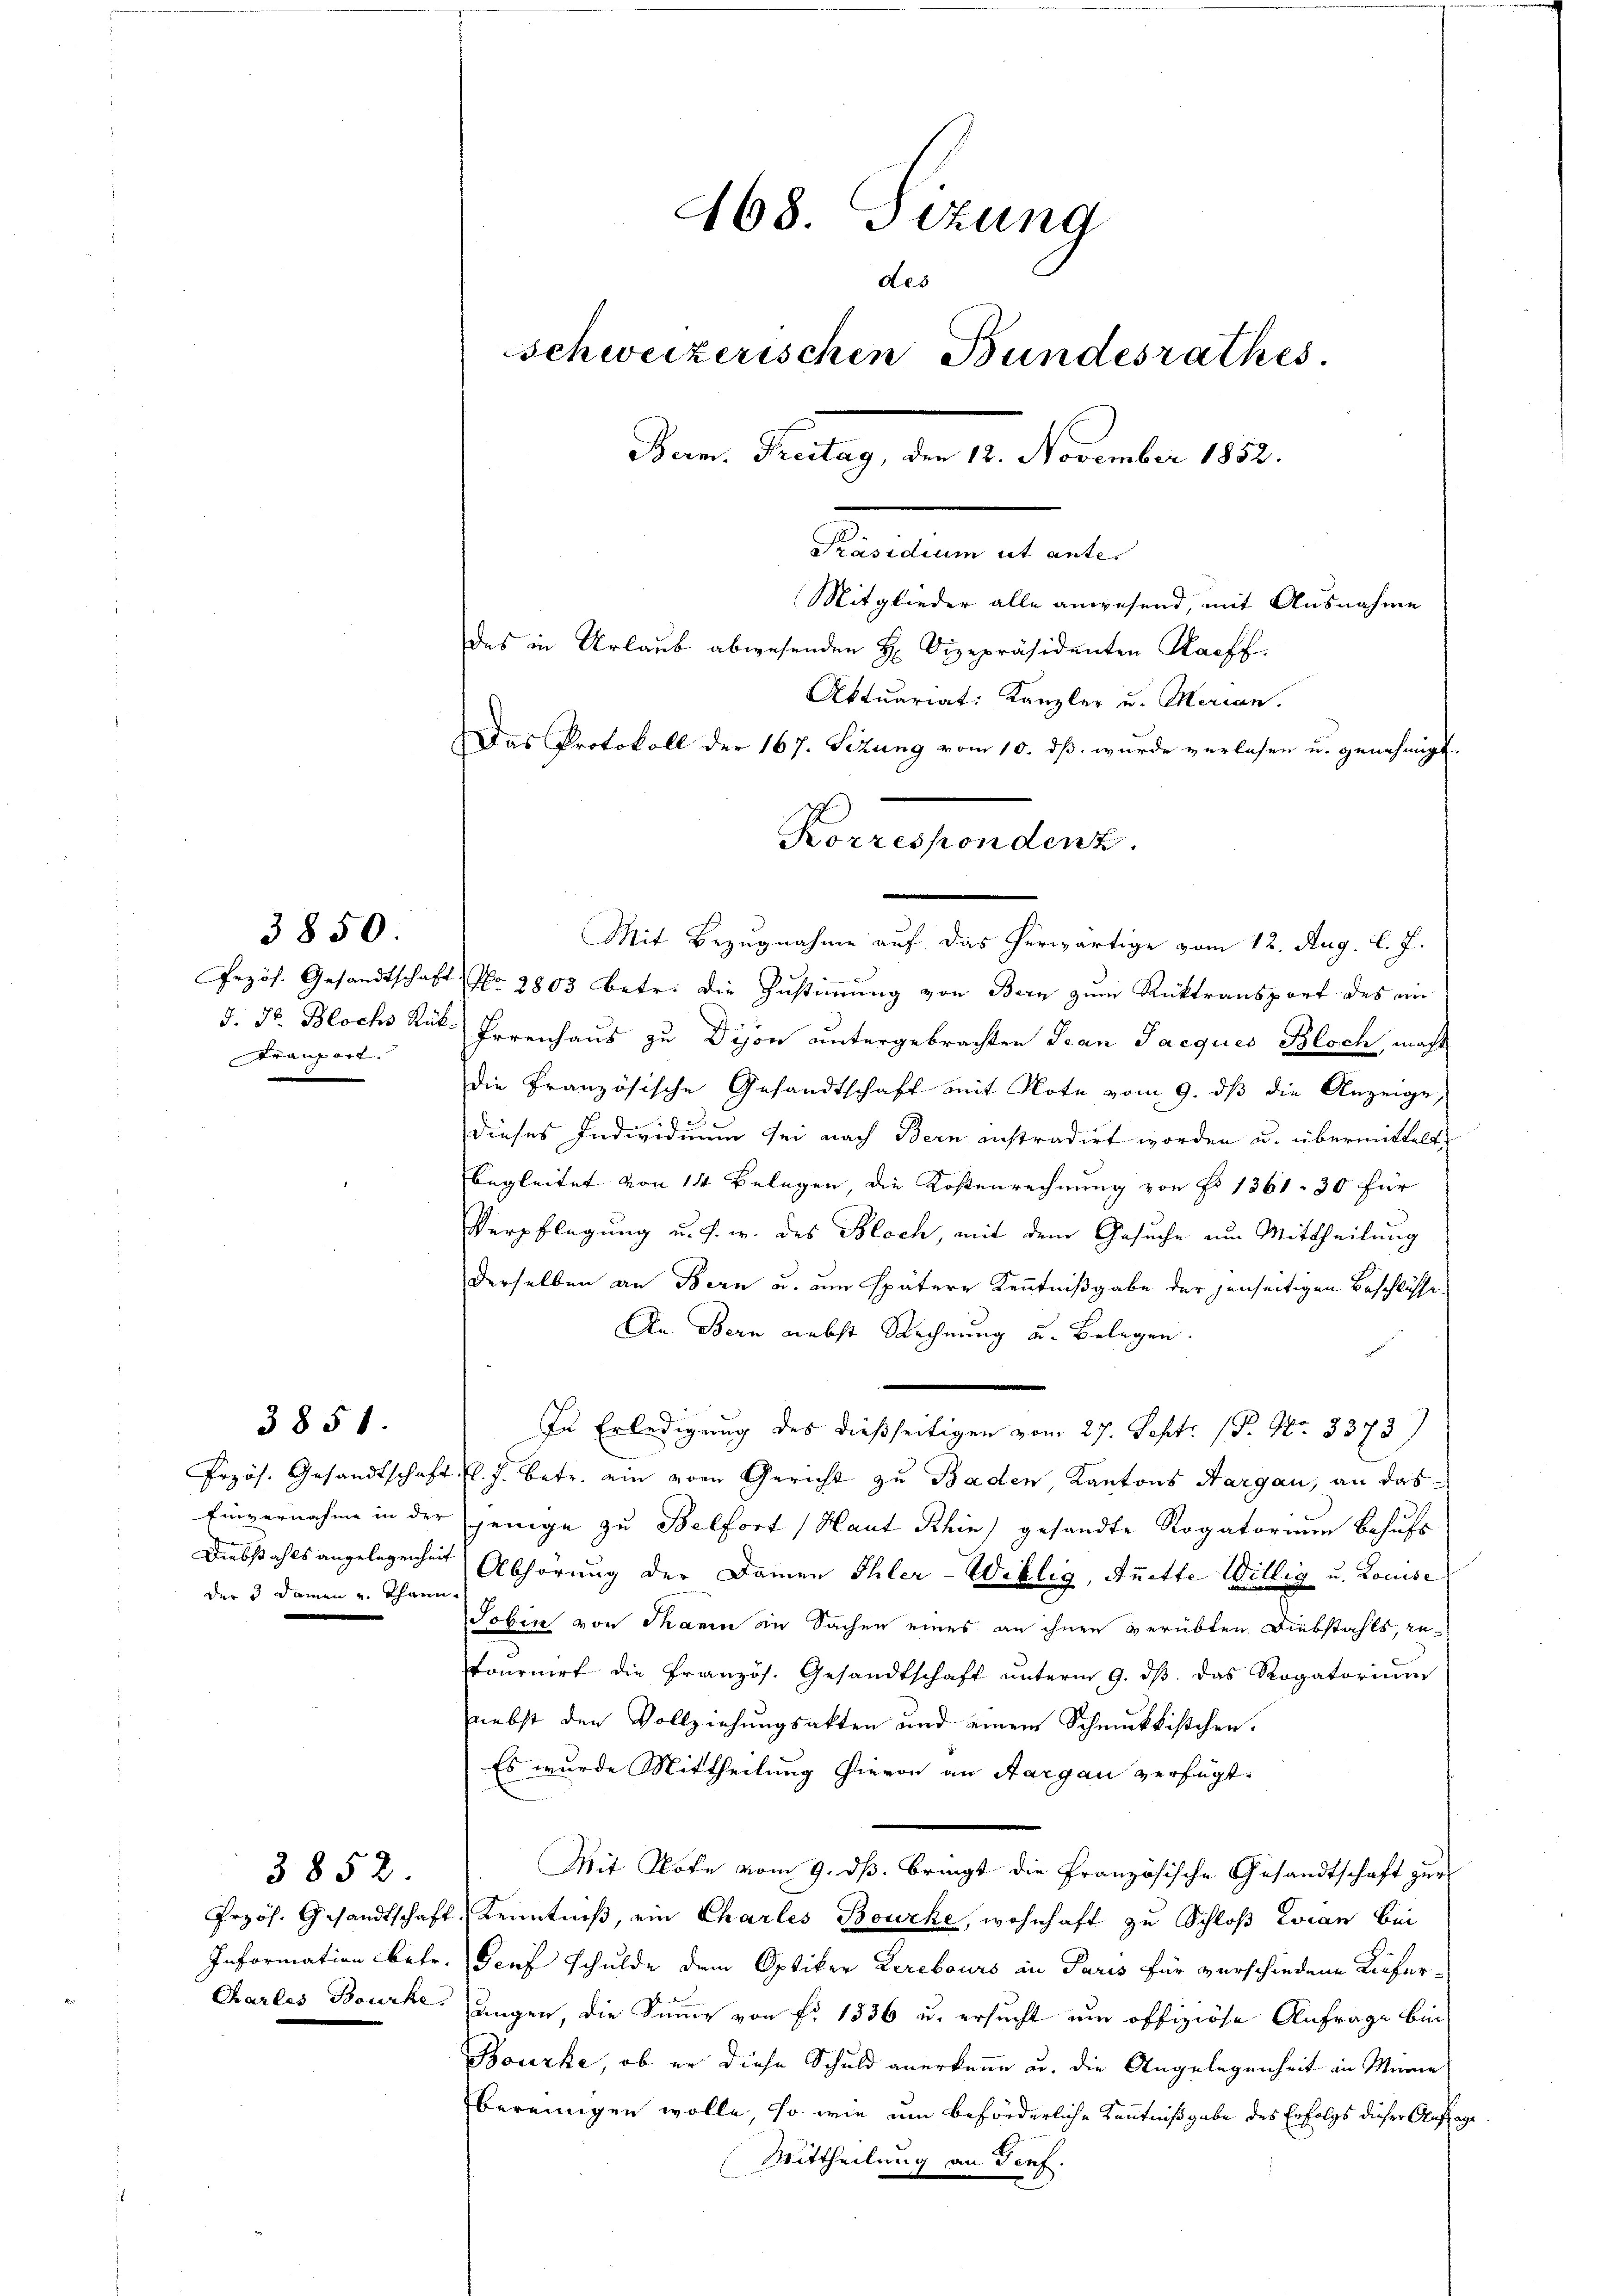
3850.
Kranzort.

3851.

3852.

der 3 Damen u. Thann

468. Sizung
des
schweizerischen Bundesrathes.
Bern. Freitag, den 12. November 1852.
Präsidium ut ante.
Mitglieder alle anwesend, mit Ausnahme
des in Urlaub abwesenden H. Vizepräsidenten Nachf
Aktuariat: Kanzler u. Merian.
Das Protokoll der 167. Sizung vom 10. dß wurde verlesen u. genehmigt.
Korrespondenz.

Mit Bezugnahme auf das herwärtige vom 12. Aug. l. J.
Przös. Gesandtschaft Nr. 2803 betr. die Zŭstiṁŭng von Bern zŭm Rücktransport des ein
J. Dr. Blochs Rück- Frrenhaus zu Dijon untergebrachten Jean Jacques Bloch, macht
die Französische Gesandtschaft mit Note vom 9. dß die Anzeige,
dieses Individuum sei nach Bern instradirt worden u. übermittelt
begleitet von 14 Belegen, die Kostenrechnung von Fr. 1361. 30 für
Verpflegung u. s. w. des Bloch, mit dem Gesuche um Mittheilung
derselben an Bern u. um spätere Kenntnißgabe der jenseitigen Beschlüsse
An Bern nebst Rechnung u. Belegen.
In Erledigung des dießseitigen vom 27. Sept. 18. No. 3373)
Przös. Gesandtschaft fl. J. betr. ein vom Gericht zu Baden, Kantons Aargau, an das
Einvernahme in der jenige zu Belfort (Haut Khin) gesandte Rogatorium behufs
Diebstahls angelegenheit Abhörung der Damen Ehler-Willig, Anitte Willig u. Louise
obin von Thann in Sachen eines an ihnen verübten. Diebstahls, zutournirt die Französ. Gesandtschaft ŭnterm 9. dβ das Rogatorium
nebst den Vollziehungsakten und einem Schmutkistchen.
Es wurde Mittheilung hievon an Aargau verfügt:
Mit Note vom 9. ds. bringt die Französische Gesandtschaft zur
Przös. Gesandtschaft, Kenntniß, ein Chartes Bourke, wohnhaft zu Schloß Evian Bei
Information betr. Genf schulde dem Optiker Lerebours an Paris für verschiedene Liefer-
Charlos Bourke, ungen, die Summe von fr. 1836 u. ersucht um offiziöse Anfrage bin
Bourke, ob er diese Schuld anerkenne u. die Angelegenheit in Marie
bereinigen wolle, so wie um beförderliche Kenntnißgabe des Erfolgs dieser Auflag
Mittheilung an Genf.